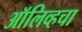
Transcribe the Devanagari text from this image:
ऑलिव्हचा